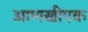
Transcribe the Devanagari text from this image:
आणखीएक